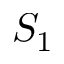
S _ { 1 }